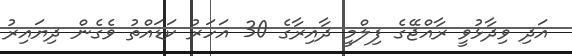
އަދި ވިދާޅުވީ ރާއްޖޭގެ ފިލްމީ ދާއިރާގެ 30 އަހަރު ކަޑައްތު ވެގެން ދިޔައިރު